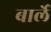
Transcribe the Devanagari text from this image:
बार्ले